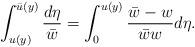
LaTeX: \begin{align*}\int_{u(y)}^{\bar{u}(y)}\frac{d\eta}{\bar{w}}=\int_0^{u(y)}\frac{\bar{w}-w}{\bar{w}w}d\eta.\end{align*}